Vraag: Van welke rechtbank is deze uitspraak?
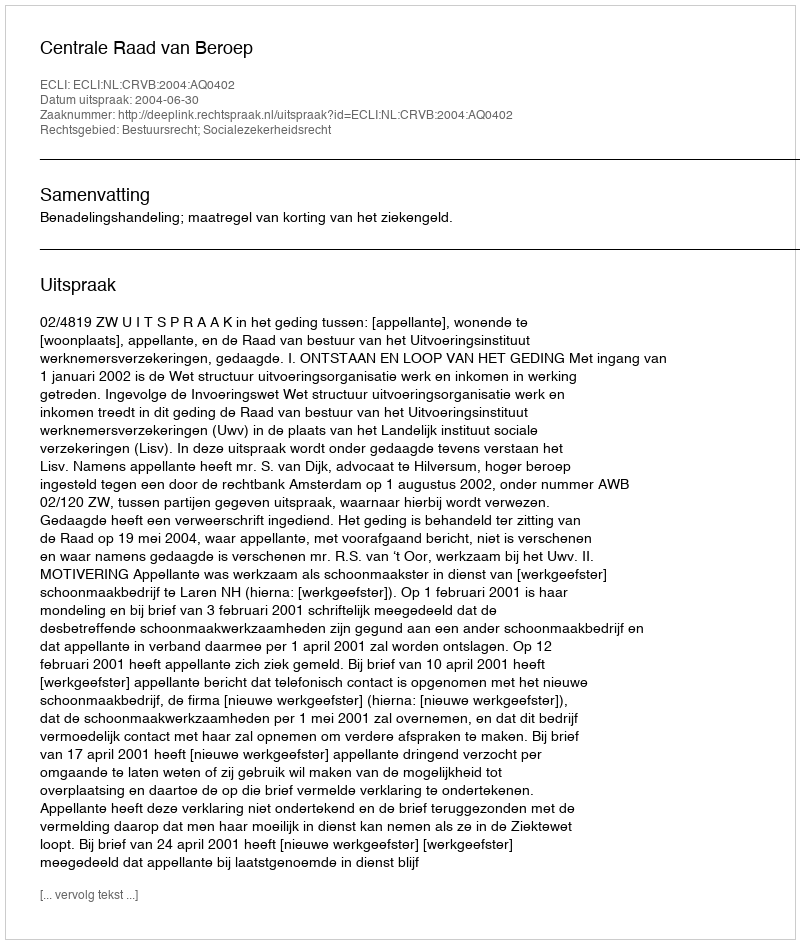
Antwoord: Centrale Raad van Beroep